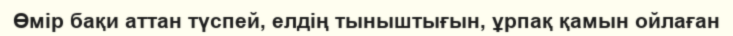
Өмір бақи аттан түспей, елдің тыныштығын, ұрпақ қамын ойлаған